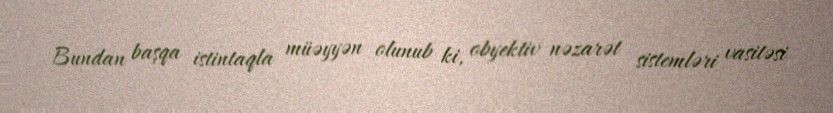
Bundan başqa istintaqla müəyyən olunub ki, obyektiv nəzarət sistemləri vasitəsi